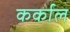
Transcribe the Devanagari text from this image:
कर्काल